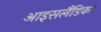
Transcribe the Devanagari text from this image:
आइसलैंडिका